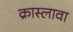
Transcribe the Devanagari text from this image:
क्रास्लावा